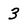
Character: 3